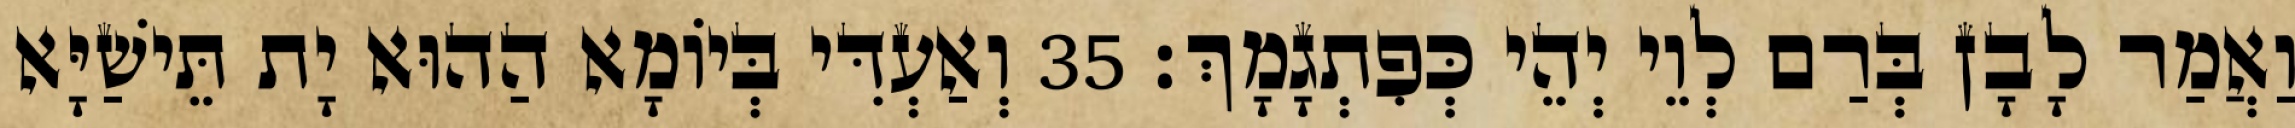
וַאֲמַר לָבָן בְּרַם לְוֵי יְהֵי כְּפִתְגָמָךְ׃ 35 וְאַעְדִּי בְּיוֹמָא הַהוּא יָת תֵּישַׁיָּא